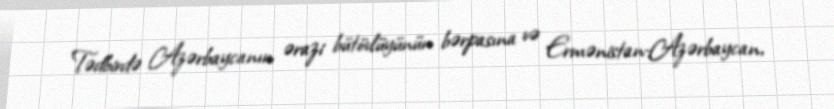
Tədbirdə Azərbaycanın ərazi bütövlüyünün bərpasına və Ermənistan-Azərbaycan,